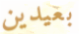
بعيدين